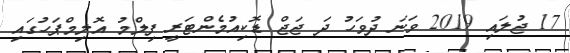
17 ޖުލައި 2019 ވަނަ ދުވަހު ދަ ޖަޖް ޑޮކިއުމެންޓަރީ ފިލްމު އޮލިމްޕަހުގައި